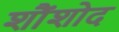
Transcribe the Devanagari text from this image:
शौंशोद